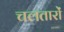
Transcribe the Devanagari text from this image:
चलतारों